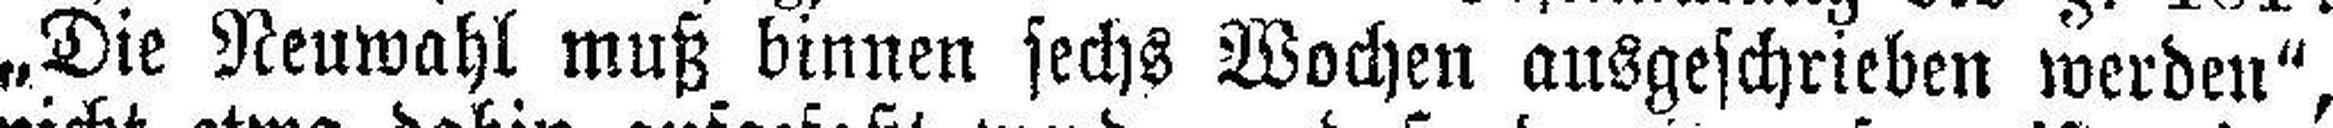
„Die Neuwahl muß binnen sechs Wochen ausgeschrieben werden“,